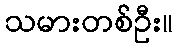
သမားတစ်ဦး။